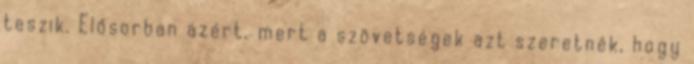
teszik. Elősorban azért, mert a szövetségek azt szeretnék, hogy